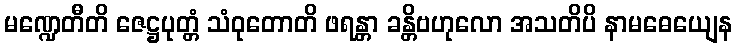
မဏ္ဍေတီတိ ဇေဋ္ဌပုတ္တံ သံဝုတောတိ ဖရန္တာ ခန္တိဗဟုလော အသတိပိ နာမဓေယျေန